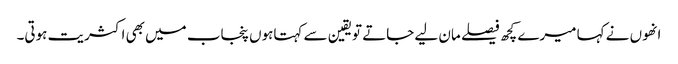
انھوں نے کہا میرے کچھ فیصلے مان لیے جاتے تویقین سے کہتاہوں پنجاب میں بھی اکثریت ہوتی۔